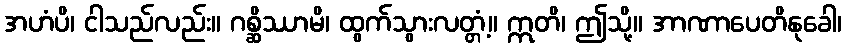
အဟံပိ၊ ငါသည်လည်း။ ဂစ္ဆိဿာမိ၊ ထွက်သွားလတ္တံ့။ ဣတိ၊ ဤသို့။ အာဏာပေတိနုခေါ၊